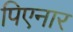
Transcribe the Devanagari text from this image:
पिएनार